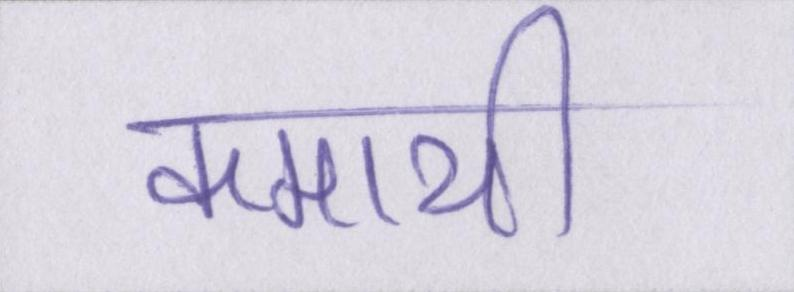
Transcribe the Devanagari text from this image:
कमायी